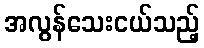
အလွန်သေးငယ်သည့်